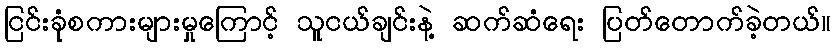
ငြင်းခုံစကားများမှုကြောင့် သူငယ်ချင်းနဲ့ ဆက်ဆံရေး ပြတ်တောက်ခဲ့တယ်။